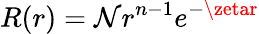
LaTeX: R(r)=\mathcal{N}r^{n-1}e^{-\zetar}